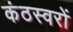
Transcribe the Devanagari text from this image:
कंठस्वरों